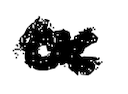
Text: a
Cross-out: wave
Writing tool: digital_black